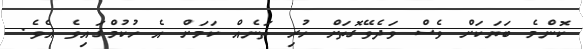
ކޮންމެ ބަޔަކަށް ވެސް ވަދެވޭގޮތަށް ހުރި ތަނެއް ކަމަށް އެ ހުކުމްގައިވެ އެވެ.